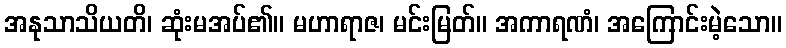
အနုသာသိယတိ၊ ဆုံးမအပ်၏။ မဟာရာဇ၊ မင်းမြတ်။ အကာရဏံ၊ အကြောင်းမဲ့သော။